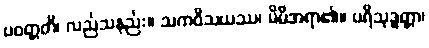
ပဝတ္တတိ၊ လည်သနည်း။ သကဝိသယဿ၊ မိမိအရာ၏။ ပရိသုဒ္ဓတ္တာ၊